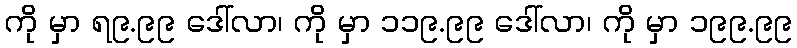
ကို မှာ ရ၉.၉၉ ဒေါ်လာ၊ ကို မှာ ၁၁၉.၉၉ ဒေါ်လာ၊ ကို မှာ ၁၉၉.၉၉